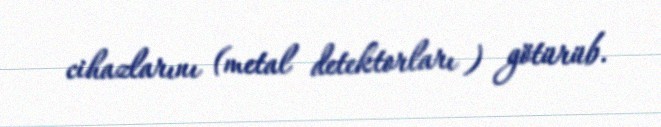
cihazlarını (metal detektorları ) götürüb.